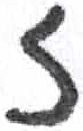
אות: ז